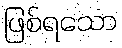
ဖြစ်ရသော